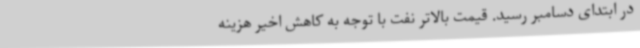
در ابتدای دسامبر رسید. قیمت بالاتر نفت با توجه به کاهش اخیر هزینه